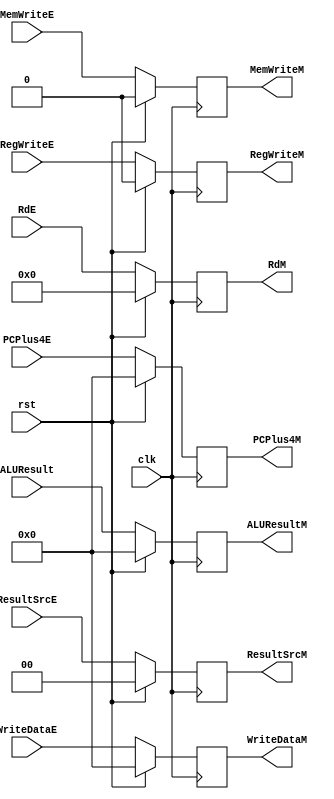
`timescale 1ns / 1ps
//////////////////////////////////////////////////////////////////////////////////
// Company: 
// Engineer: 
// 
// Design Name: 
// Module Name: register_execute_mem
// Project Name: 
// Target Devices: 
// Tool Versions: 
// Description: 
// 
// Dependencies: 
// 
// Revision:
// Revision 0.01 - File Created
// Additional Comments:
// 
//////////////////////////////////////////////////////////////////////////////////


module register_execute_mem(
  input             clk, rst,
  input             RegWriteE,
  input      [1:0]  ResultSrcE,
  input             MemWriteE,
  input      [31:0] ALUResult,
  input      [31:0] WriteDataE,
  input      [31:0] PCPlus4E,
  input      [4:0]  RdE,
  output reg        RegWriteM,
  output reg [1:0]  ResultSrcM,
  output reg        MemWriteM,
  output reg [31:0] ALUResultM,
  output reg [31:0] WriteDataM,
  output reg [31:0] PCPlus4M,
  output reg [4:0]  RdM
         

    );
    always @(posedge clk) begin
        if (rst) begin
           RegWriteM  <= 0;
           MemWriteM  <= 0;
           ResultSrcM <= 2'b00;
           ALUResultM <= 32'd0;
           WriteDataM <= 32'd0;
           RdM        <= 5'd0;
           PCPlus4M   <= 32'd0;
        end
        else begin
           RegWriteM  <= RegWriteE;
           MemWriteM  <= MemWriteE;
           ResultSrcM <= ResultSrcE;
           ALUResultM <= ALUResult;
           WriteDataM <= WriteDataE;
           RdM        <= RdE;
           PCPlus4M   <= PCPlus4E;
        end
    end
endmodule